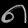
Digit: ၈